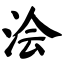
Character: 浍